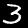
Label: 3